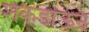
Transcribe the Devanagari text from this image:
शेकडाऊन